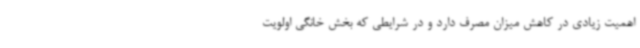
اهمیت زیادی در کاهش میزان مصرف دارد و در شرایطی که بخش خانگی اولویت